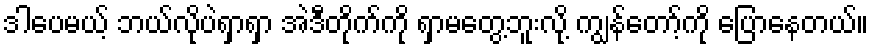
ဒါပေမယ့် ဘယ်လိုပဲရှာရှာ အဲဒီတိုက်ကို ရှာမတွေ့ဘူးလို့ ကျွန်တော့်ကို ပြောနေတယ်။